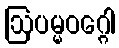
ဩပမ္မဝဂ္ဂေါ